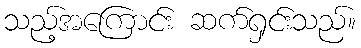
သည့်အကြောင်း ဆက်ရှင်းသည်။